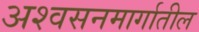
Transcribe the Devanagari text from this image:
अश्वसनमार्गातील